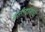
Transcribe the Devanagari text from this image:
बलीदानाची